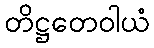
တိဋ္ဌတေဝါယံ